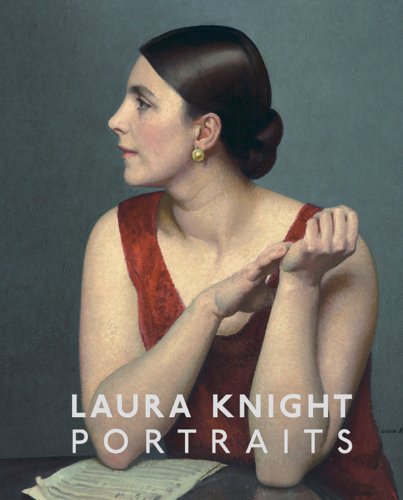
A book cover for Laura Knight: Portraits; Rosie Broadley; Arts & Photography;